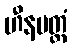
ဟီနမတ္ထံ